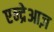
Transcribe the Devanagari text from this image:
एन्द्रेआज़